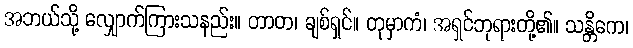
အဘယ်သို့ လျှောက်ကြားသနည်း။ တာတ၊ ချစ်ရှင်။ တုမှာကံ၊ အရှင်ဘုရားတို့၏။ သန္တိကေ၊